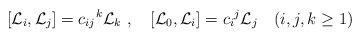
\begin{align*}[{\cal L}_i,{\cal L}_j]={c_{ij}}^k {\cal L}_k\ ,\quad[{\cal L}_0,{\cal L}_i]={c_i}^j {\cal L}_j\quad (i,j,k\geq 1)\end{align*}